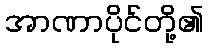
အာဏာပိုင်တို့၏